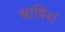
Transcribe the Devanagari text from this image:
श्वाबिश